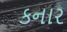
કનાર